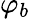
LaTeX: \varphi_{b}